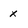
Character: x